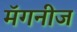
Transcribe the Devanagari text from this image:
मॅगनीज